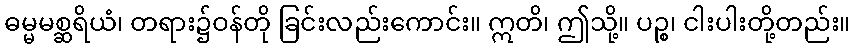
ဓမ္မမစ္ဆရိယံ၊ တရား၌ဝန်တို ခြင်းလည်းကောင်း။ ဣတိ၊ ဤသို့။ ပဉ္စ၊ ငါးပါးတို့တည်း။